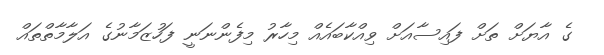
ގެ އާޔަށް ތަށް ފައިސާއަށް ވިއްކާބައެއް މިހާރު މިފެންނަނީ ފަހުޒަމާނުގެ އަލާމާތްތައް